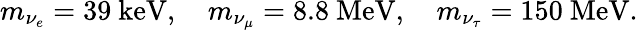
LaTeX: m_{\nu_{e}}=39\mathrm{~keV},\quad m_{\nu_{\mu}}=8.8\mathrm{~MeV},\quad m_{\nu_{\tau}}=150\mathrm{~MeV}.